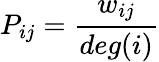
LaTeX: {P}_{ij}=\frac{w_{ij}}{deg({i})}